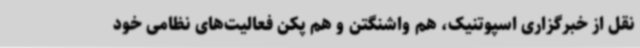
نقل از خبرگزاری اسپوتنیک، هم واشنگتن و هم پکن فعالیت‌های نظامی خود